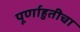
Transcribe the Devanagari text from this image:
पूर्णाहुतीचा